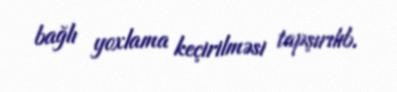
bağlı yoxlama keçirilməsi tapşırılıb.